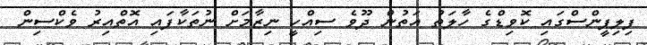
ފިލިޕީންސްގައި ކޮވިޑްގެ ހާލަތު އަތުން ދޫވެ ސިއްހީ ނިޒާމަށް ނުތަކާފައި އޮތްއިރު ވެކްސިން